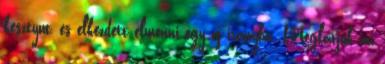
kesztyut, es elkezdett elmenni egy uj iranyba. Meglatjuk mi